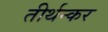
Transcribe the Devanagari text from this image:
तीर्थन्कर